Scientific memoirs by medical officers of the Army of India - Part II,
Year: 1886
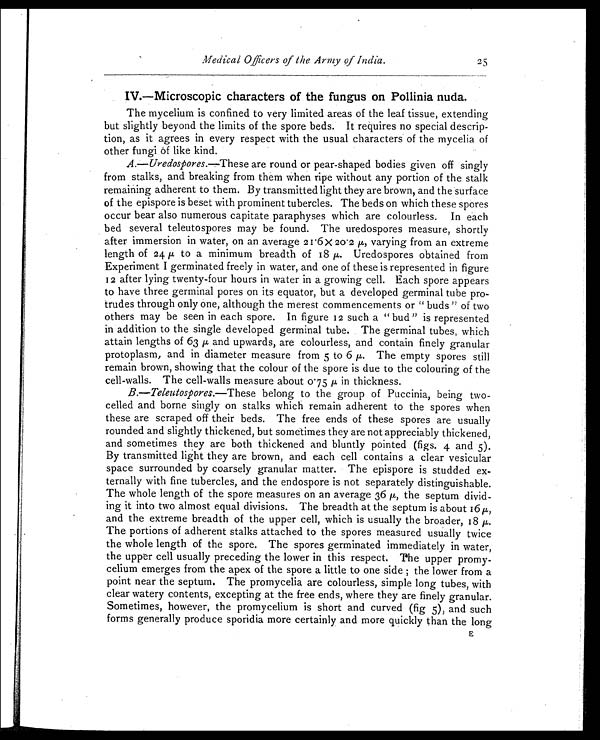
Medical Officers of the Army of India.
25
IV.—Microscopic characters of the fungus on Pollinia nuda.
The mycelium is confined to very limited areas of the leaf tissue, extending
but slightly beyond the limits of the spore beds. It requires no special descrip-
tion, as it agrees in every respect with the usual characters of the mycelia of
other fungi of like kind.
A.—Uredospores.—These are round or pear-shaped bodies given off singly
from stalks, and breaking from them when ripe without any portion of the stalk
remaining adherent to them. By transmitted light they are brown, and the surface
of the epispore is beset with prominent tubercles. The beds on which these spores
occur bear also numerous capitate paraphyses which are colourless. In each
bed several teleutospores may be found. The uredospores measure, shortly
after immersion in water, on an average 21.6 X 20.2 µ, varying from an extreme
length of 24 µ to a minimum breadth of 18 µ Uredospores obtained from
Experiment I germinated freely in water, and one of these is represented in figure
12 after lying twenty-four hours in water in a growing cell. Each spore appears
to have three germinal pores on its equator, but a developed germinal tube pro-
trudes through only one, although the merest commencements or " buds " of two
others may be seen in each spore. In figure 12 such a " bud " is represented
in addition to the single developed germinal tube. The germinal tubes, which
attain lengths of 63 µ and upwards, are colourless, and contain finely granular
protoplasm, and in diameter measure from 5 to 6 µ. The empty spores still
remain brown, showing that the colour of the spore is due to the colouring of the
cell-walls. The cell-walls measure about 0.75 µ in thickness.
B.—Teleutospores.—These belong to the group of Puccinia, being two-
celled and borne singly on stalks which remain adherent to the spores when
these are scraped off their beds. The free ends of these spores are usually
rounded and slightly thickened, but sometimes they are not appreciably thickened,
and sometimes they are both thickened and bluntly pointed (figs. 4 and 5).
By transmitted light they are brown, and each cell contains a clear vesicular
space surrounded by coarsely granular matter. The epispore is studded ex-
ternally with fine tubercles, and the endospore is not separately distinguishable.
The whole length of the spore measures on an average 36 µ, the septum divid-
ing it into two almost equal divisions. The breadth at the septum is about 16µ,
and the extreme breadth of the upper cell, which is usually the broader, 18 µ .
The portions of adherent stalks attached to the spores measured usually twice
the whole length of the spore. The spores germinated immediately in water,
the upper cell usually preceding the lower in this respect. The upper promy-
celium emerges from the apex of the spore a little to one side ; the lower from a
point near the septum. The promycelia are colourless, simple long tubes, with
clear watery contents, excepting at the free ends, where they are finely granular.
Sometimes, however, the promycelium is short and curved (fig 5), and such
forms generally produce sporidia more certainly and more quickly than the long